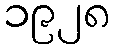
၁၉၂၈